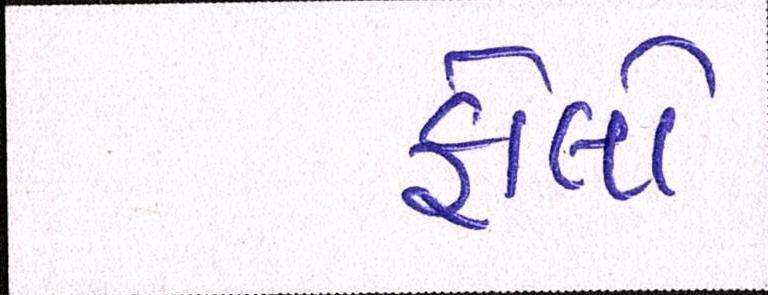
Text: ફોલો